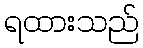
ရထားသည်